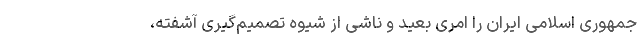
جمهوری‌ اسلامی ایران را امری بعید و ناشی از شیوه تصمیم‌گیری آشفته،